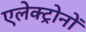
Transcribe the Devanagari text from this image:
एलेक्ट्रोनों